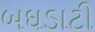
બઘડાટી